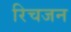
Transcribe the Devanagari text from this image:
रिचजन